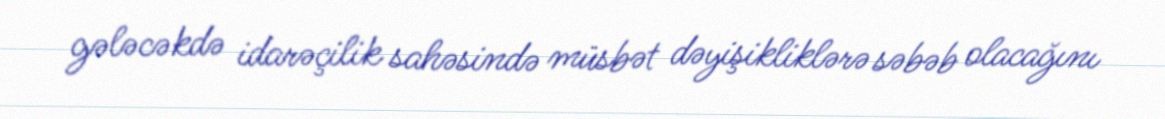
gələcəkdə idarəçilik sahəsində müsbət dəyişikliklərə səbəb olacağını